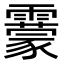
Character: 靀